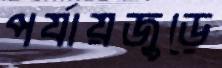
পর্যায়জুড়ে